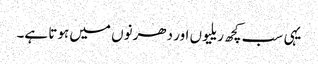
یہی سب کچھ ریلیوں اور دھرنوں میں ہوتا ہے۔